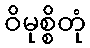
ဝိမုစ္စိတုံ